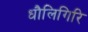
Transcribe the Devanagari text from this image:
धौलिगिरि